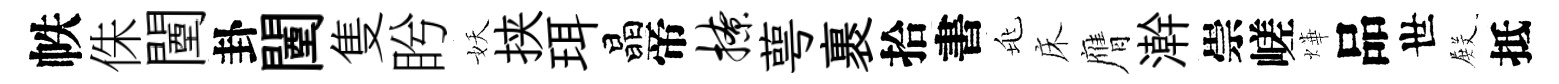
帙侏闉卦闉隻盻妖挟珥晶帝撩萼裹拾書兆床膺澣崇嵯燁品世𭮺抵